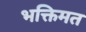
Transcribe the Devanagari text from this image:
भक्तिमत